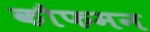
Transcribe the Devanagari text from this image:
कौफमन